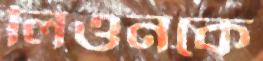
লিওনকে